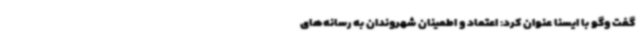
گفت وگو با ایسنا عنوان کرد: اعتماد و اطمینان شهروندان به رسانه‌های